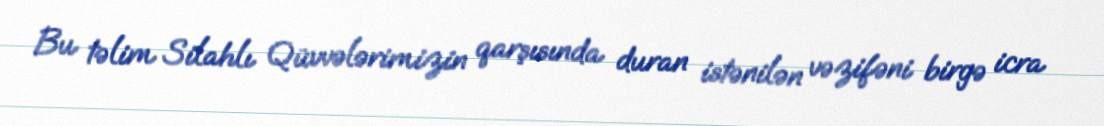
Bu təlim Silahlı Qüvvələrimizin qarşısında duran istənilən vəzifəni birgə icra